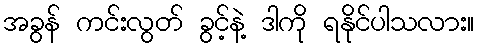
အခွန် ကင်းလွတ် ခွင့်နဲ့ ဒါကို ရနိုင်ပါသလား။